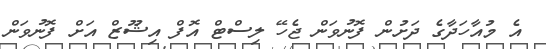
އެ މުއާހަދާގެ ދަށުން ފޮނުވަން ޖެހޭ ލިސްޓް އޮފް އިޝޫޒް އަށް ފޮނުވަން